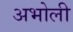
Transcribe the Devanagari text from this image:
अभोली